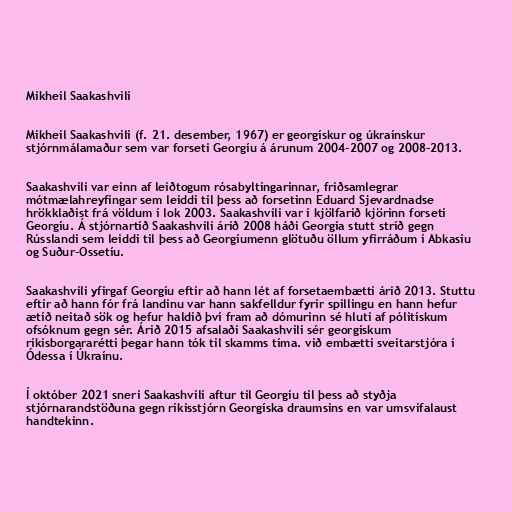
Mikheil Saakashvili

Mikheil Saakashvili (f. 21. desember, 1967) er georgískur og úkraínskur
stjórnmálamaður sem var forseti Georgíu á árunum 2004-2007 og 2008-2013.

Saakashvili var einn af leiðtogum rósabyltingarinnar, friðsamlegrar
mótmælahreyfingar sem leiddi til þess að forsetinn Eduard Sjevardnadse
hrökklaðist frá völdum í lok 2003. Saakashvili var í kjölfarið kjörinn forseti
Georgíu. Á stjórnartíð Saakashvili árið 2008 háði Georgía stutt stríð gegn
Rússlandi sem leiddi til þess að Georgíumenn glötuðu öllum yfirráðum í Abkasíu
og Suður-Ossetíu.

Saakashvili yfirgaf Georgíu eftir að hann lét af forsetaembætti árið 2013. Stuttu
eftir að hann fór frá landinu var hann sakfelldur fyrir spillingu en hann hefur
ætíð neitað sök og hefur haldið því fram að dómurinn sé hluti af pólitískum
ofsóknum gegn sér. Árið 2015 afsalaði Saakashvili sér georgískum
ríkisborgararétti þegar hann tók til skamms tíma. við embætti sveitarstjóra í
Ódessa í Úkraínu.

Í október 2021 sneri Saakashvili aftur til Georgíu til þess að styðja
stjórnarandstöðuna gegn ríkisstjórn Georgíska draumsins en var umsvifalaust
handtekinn.